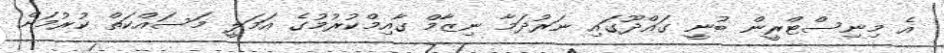
އެ މިނިސްޓްރީން ބުނީ ގައްދޫގައި ނަރުދަމާ ނިޒާމް ގާއިމްކުރުމުގެ އަމަލީ މަސައްކަތް ކުރުމަށް